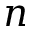
n